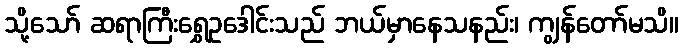
သို့သော် ဆရာကြီးရွှေဥဒေါင်းသည် ဘယ်မှာနေသနည်း၊ ကျွန်တော်မသိ။